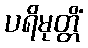
ပရိမုတ္တိံ